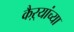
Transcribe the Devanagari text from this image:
कैऱ्यांच्या